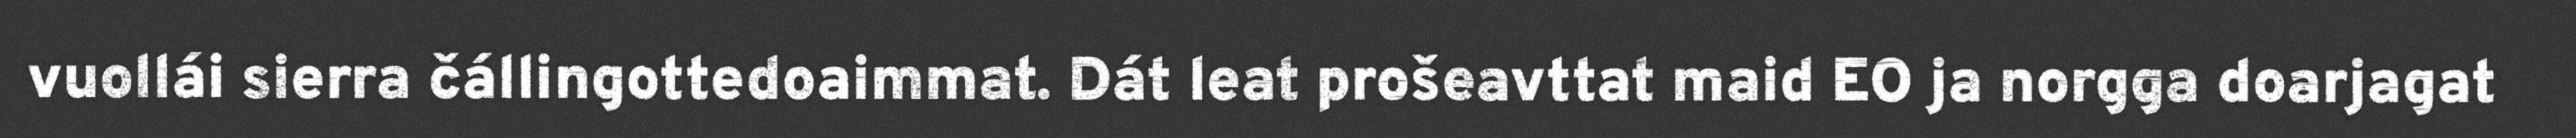
vuollái sierra čállingottedoaimmat. Dát leat prošeavttat maid EO ja norgga doarjagat